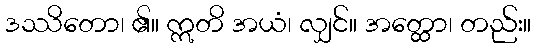
ဒဿိတော၊ ၏။ ဣတိ အယံ၊ လျှင်။ အတ္ထော၊ တည်း။